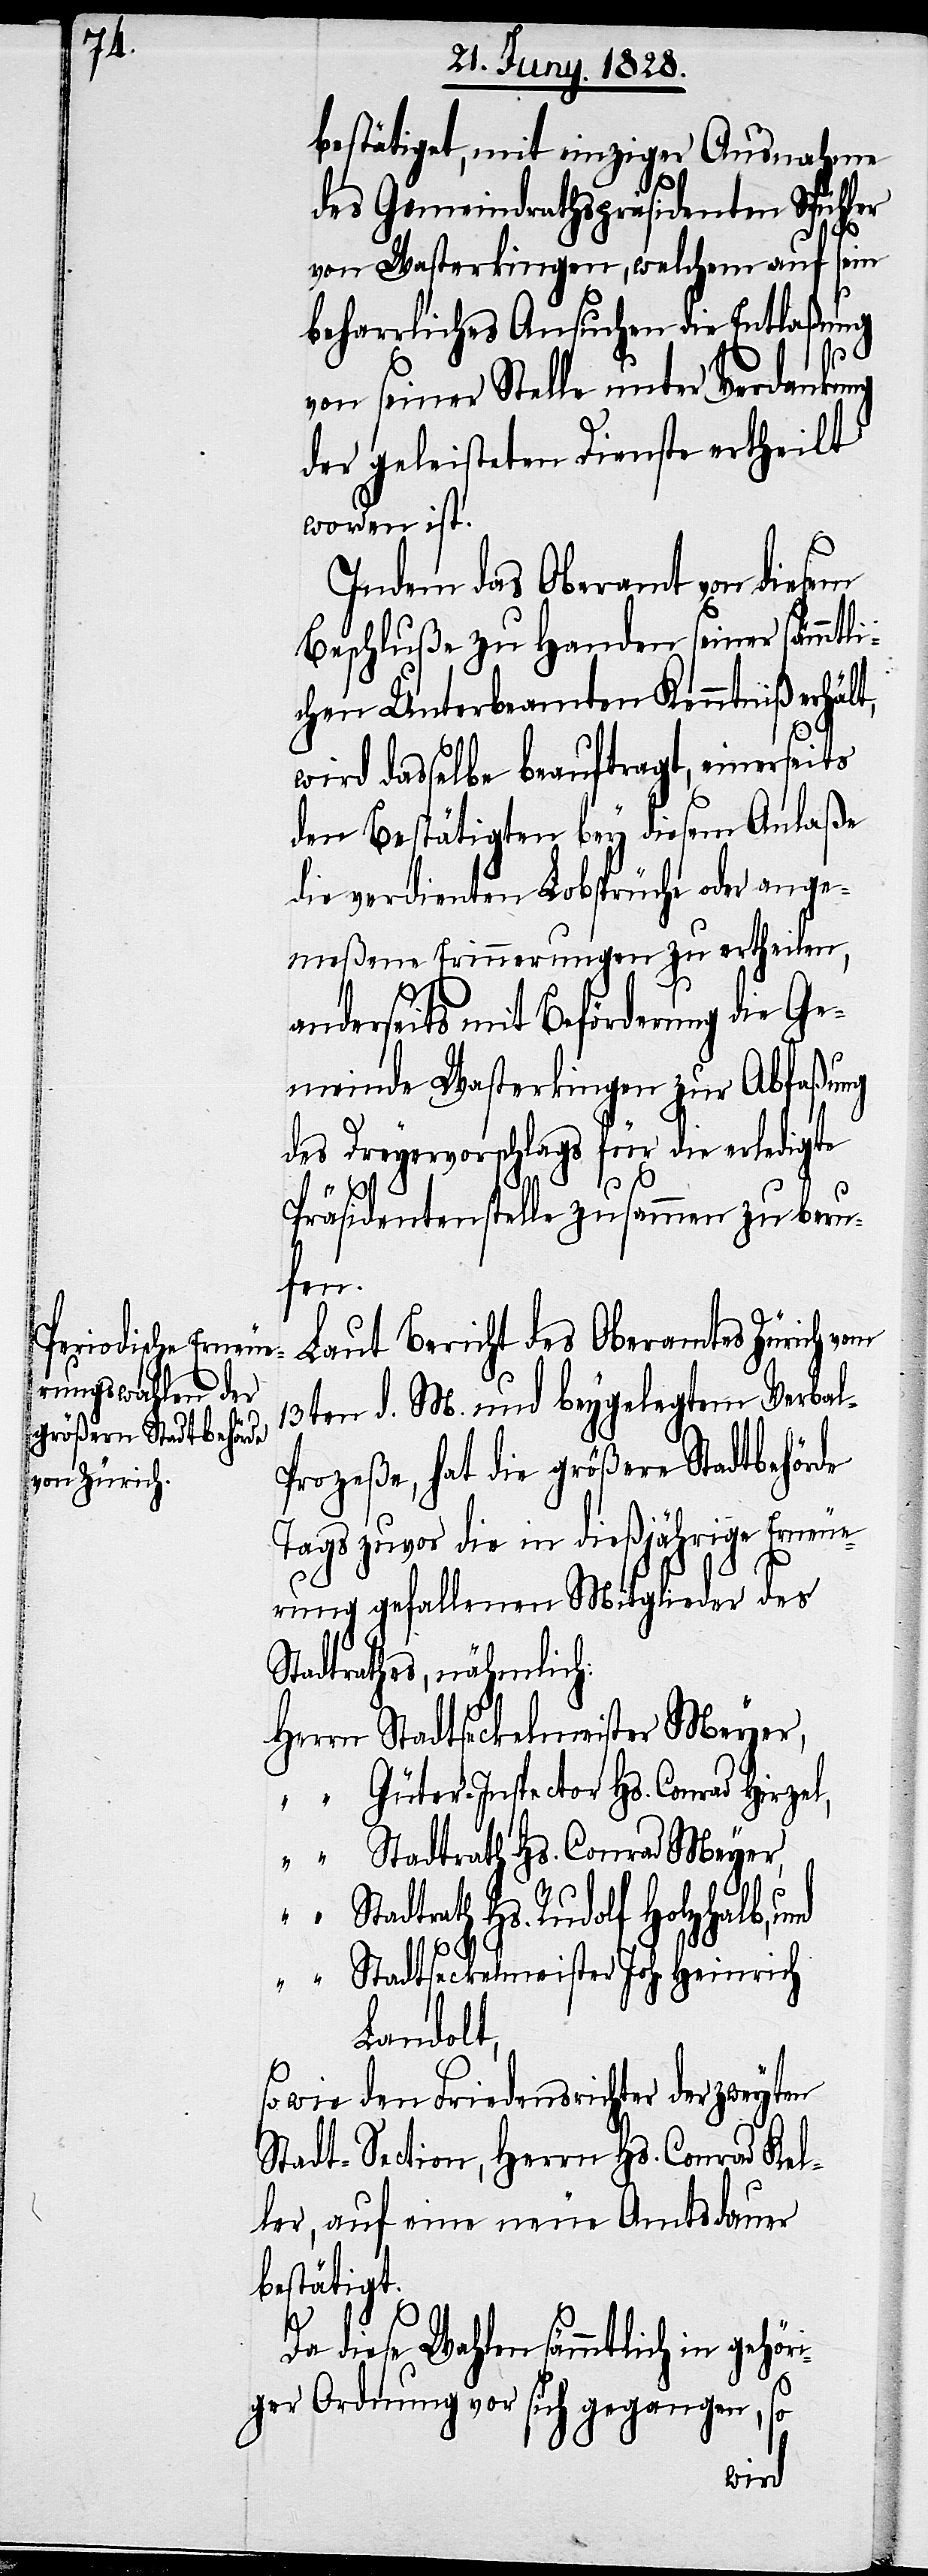
bestätiget, mit einziger Ausnahme
des Gemeindrathspräsidenten Spühler
von Wasterkingen, welchem auf sein
beharrliches Ansuchen die Entlaßung
von seiner Stelle unter Verdankung
der geleisteten Dienste ertheilt
worden ist.
Indem das Oberamt von diesem
Beschluße zu Handen seiner sämmtli¬
chen Unterbeamten Kenntniß erhält,
wird dasselbe beauftragt, einerseits
den Bestätigten bey diesem Anlaße
die verdienten Lobsprüche oder ange¬
meßene Erinnerungen zu ertheilen,
anderseits mit Beförderung die Ge¬
meinde Wasterkingen zur Abfaßung
des Dreyervorschlags für die erledigte
Präsidentenstelle zusammen zu beru¬
fen.
Laut Bericht des Oberamtes Zürich vom
13ten d. M. und beygelegtem Verba¬
rozeße, hat die größere Stadtbehörde
Tags zuvor die in dießjährige Erneue¬
rung gefallenen Mitglieder des
Stadtrathes, nähmlich:
Herrn Stadtseckelmeister Meyer,
“ Güter-Inspector Hs. Conrad Hirze¬
“ Stadtrath Hs. Conrad Meyer,
l,
l-P¬
“ Stadtrath Hs. Rudolf Holzhalb, und
“ Stadtseckelmeister Joh. Heinrich
Landolt,
so wie den Friedensrichter der zweyten
Stadt-Section, Herrn Hs. Conrad Kel¬
ler, auf eine neue Amtsdauer
betätigt.
Da diese Wahlen sämmtlich in gehör¬
iger Ordnung vor sich gegangen,
so